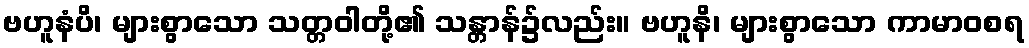
ဗဟူနံပိ၊ များစွာသော သတ္တဝါတို့၏ သန္တာန်၌လည်း။ ဗဟူနိ၊ များစွာသော ကာမာဝစရ